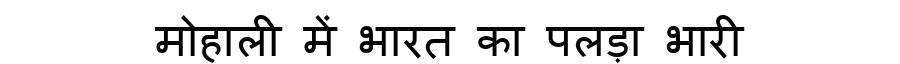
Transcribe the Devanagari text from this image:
मोहाली में भारत का पलड़ा भारी